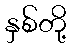
နှစ်တို့